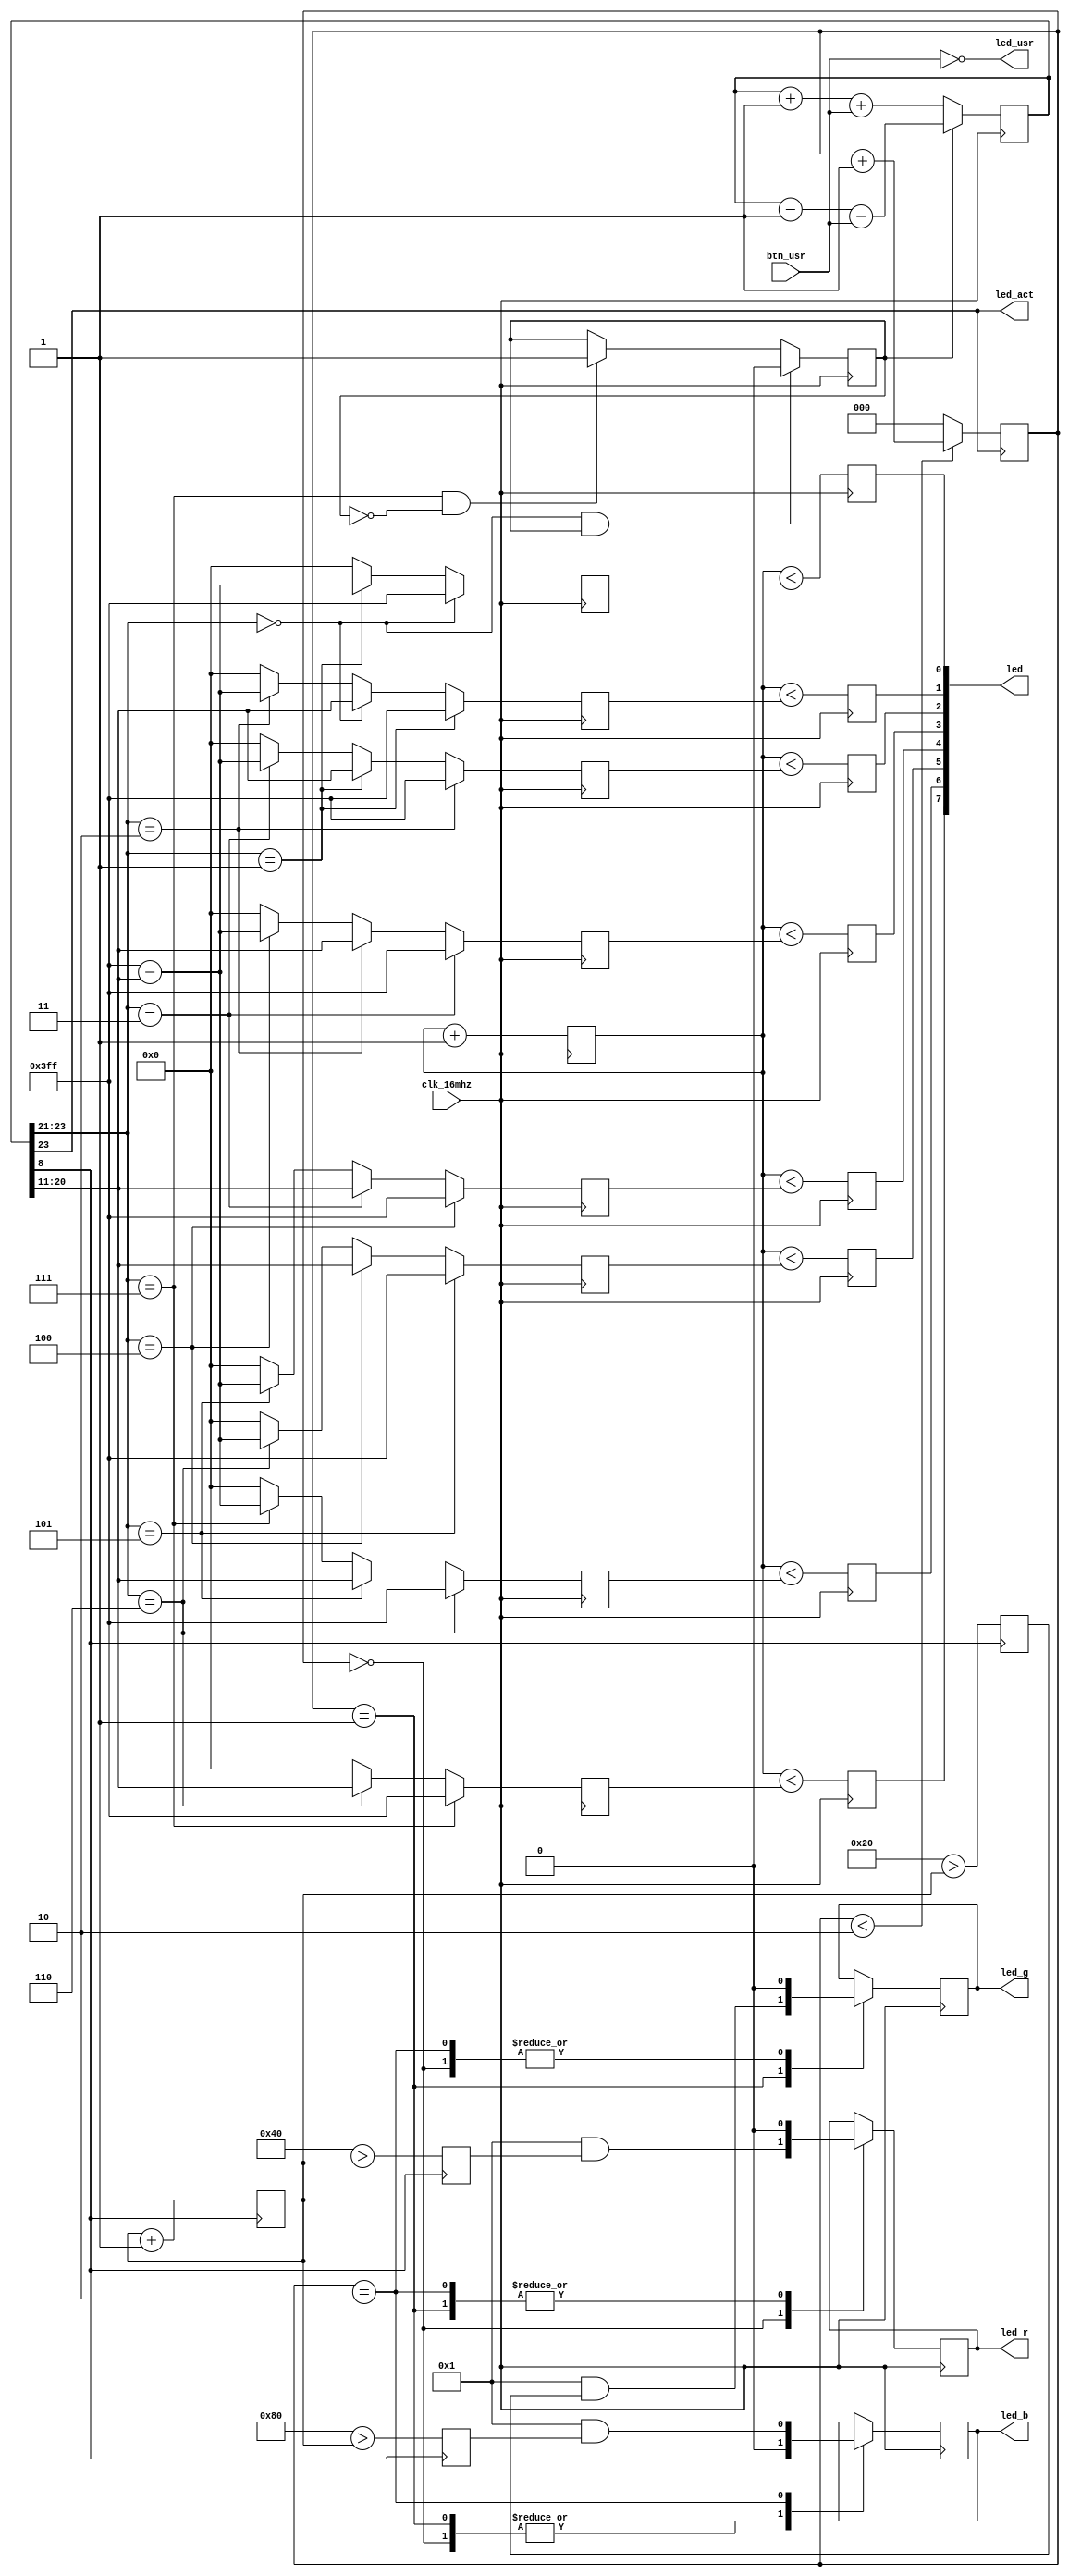
module top(
    input clk_16mhz,

    input btn_usr,

    output led_usr,
    output led_act,

    output reg led_r, 
    output reg led_g,
    output reg led_b,
    output [7:0] led

);

    // Status LEDs
    assign led_usr = ~btn_usr;
    assign led_act = ctr[23];

    // Nightrider
	localparam ctr_width = 24;
    localparam ctr_max = 2**ctr_width - 1;
    reg [ctr_width-1:0] ctr = 0;
    reg [9:0] pwm_ctr = 0;
    reg dir = 0;

    always @(posedge clk_16mhz) begin
    ctr <= dir ? ctr - 1'b1 - btn_usr: ctr + 1'b1 + btn_usr;
        if (ctr[ctr_width-1 : ctr_width-3] == 0 && dir == 1)
            dir <= 1'b0;
        else if (ctr[ctr_width-1 : ctr_width-3] == 7 && dir == 0)
            dir <= 1'b1;
        pwm_ctr <= pwm_ctr + 1'b1;
    end

    reg [9:0] brightness [0:7];
    localparam bright_max = 2**10 - 1;
    reg [7:0] led_reg;

    genvar i;
    generate
    for (i = 0; i < 8; i=i+1) begin
       always @ (posedge clk_16mhz) begin
            if (ctr[ctr_width-1 : ctr_width-3] == i)
                brightness[i] <= bright_max;
            else if (ctr[ctr_width-1 : ctr_width-3] == (i - 1))
                brightness[i] <= ctr[ctr_width-4:ctr_width-13];
             else if (ctr[ctr_width-1 : ctr_width-3] == (i + 1))
                 brightness[i] <= bright_max - ctr[ctr_width-4:ctr_width-13];
            else
                brightness[i] <= 0;
            led_reg[i] <= pwm_ctr < brightness[i];
       end
    end
    endgenerate

    assign led = led_reg;

    // Colour Control
    reg [2:0] colour_control = 0;
    parameter RED = 0;
    parameter GREEN = 1;
    parameter BLUE = 2;
    reg [7:0] intensity = 0;
    reg red_en, green_en, blue_en = 0;

    // Brightness control
    always @(posedge ctr[8]) begin
        intensity <= intensity + 1;
        red_en <= 64 > intensity;
        green_en <= 32 > intensity;
        blue_en <= 128 > intensity; 
    end

    // We only want one colour on at the same time due to the multiplexing configuration
    always @(posedge ctr[23]) begin
        if (colour_control < 2) 
            colour_control <= colour_control + 1;
        else
            colour_control = 0;
    end

	always @(posedge clk_16mhz) begin
        case (colour_control)

        RED: begin
            led_r <= 1 && red_en;
            led_g <= 0;
            led_b <= 0;
        end

        GREEN: begin
            led_r <= 0;
            led_g <= 1 && green_en;
            led_b <= 0;
        end

        BLUE: begin
            led_r <= 0;
            led_g <= 0;
            led_b <= 1 && blue_en;
        end
        endcase
    end

endmodule